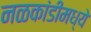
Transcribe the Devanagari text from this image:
नळकांडीमध्ये